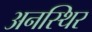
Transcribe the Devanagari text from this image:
अनस्थिर